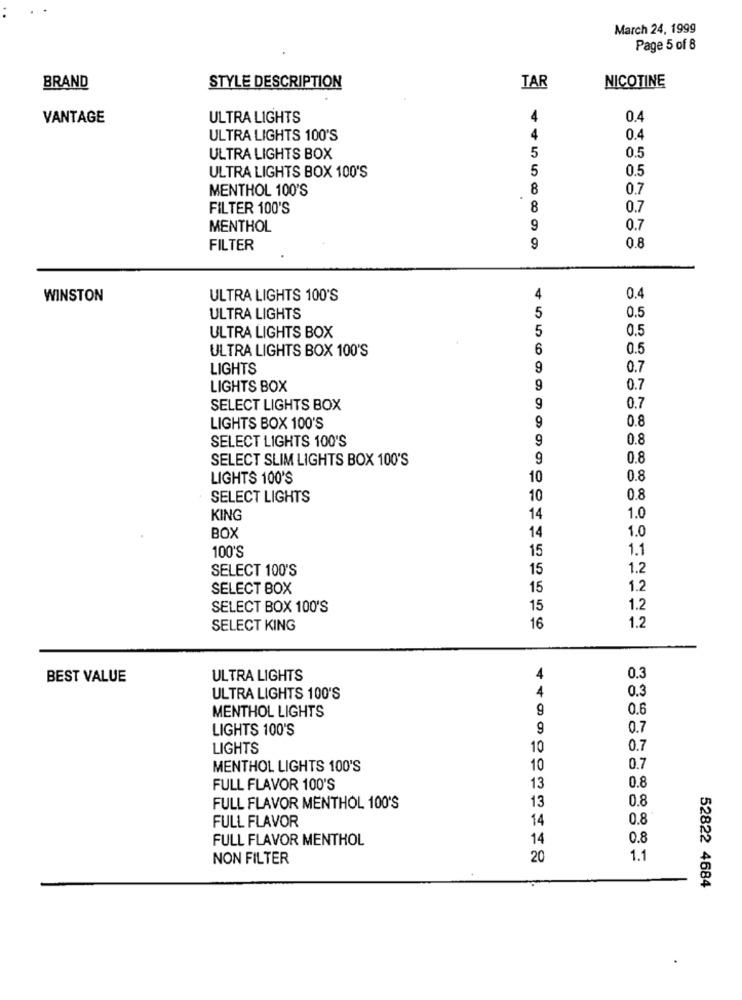
March 24, 1999
Page 5 of 8
NICOTINE
BRAND
STYLE DESCRIPTION
TAR
VANTAGE
ULTRA LIGHTS
4
0.4
4
ULTRA LIGHTS 100'S
0.4
0.5
ULTRA LIGHTS BOX
5
ULTRA LIGHTS BOX 100'S
5
0.5
MENTHOL 100'S
8
0.7
FILTER 100'S
8
0.7
MENTHOL
9
0.7
FILTER
9
0.8
WINSTON
ULTRA LIGHTS 100'S
4
0.4
0.5
ULTRA LIGHTS
5
ULTRA LIGHTS BOX
5
0.5
ULTRA LIGHTS BOX 100'S
6
0.5
LIGHTS
9
0.7
LIGHTS BOX
9
0.7
SELECT LIGHTS BOX
9
0.7
9
0.8
LIGHTS BOX 100'S
SELECT LIGHTS 100'S
9
0.8
SELECT SLIM LIGHTS BOX 100'S
9
0.8
LIGHTS 100'S
10
0.8
SELECT LIGHTS
10
0.8
KING
14
1.0
14
1.0
BOX
100'S
15
1.1
SELECT 100'S
15
1.2
SELECT BOX
15
1.2
SELECT BOX 100'S
15
1.2
1.2
SELECT KING
16
BEST VALUE
ULTRA LIGHTS
4
0.3
4
0.3
ULTRA LIGHTS 100'S
MENTHOL LIGHTS
9
0.6
LIGHTS 100'S
9
0.7
LIGHTS
10
0.7
MENTHOL LIGHTS 100'S
10
0.7
0.8
FULL FLAVOR 100'S
13
13
0.8
FULL FLAVOR MENTHOL 100'S
FULL FLAVOR
14
0.8
FULL FLAVOR MENTHOL
14
0.8
NON FILTER
20
1.1
52822 4684